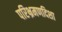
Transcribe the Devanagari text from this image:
परिभ्रमणदिशा